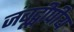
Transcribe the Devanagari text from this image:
जंबूद्वीपीय